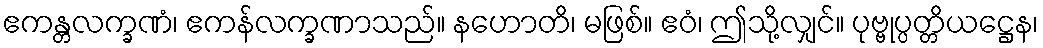
ဧကန္တလက္ခဏံ၊ ဧကန်လက္ခဏာသည်။ နဟောတိ၊ မဖြစ်။ ဧဝံ၊ ဤသို့လျှင်။ ပုဗ္ဗုပ္ပတ္တိယဋ္ဌေန၊